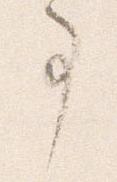
事